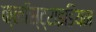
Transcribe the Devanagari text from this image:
क्लॉस्ट्राइडियम